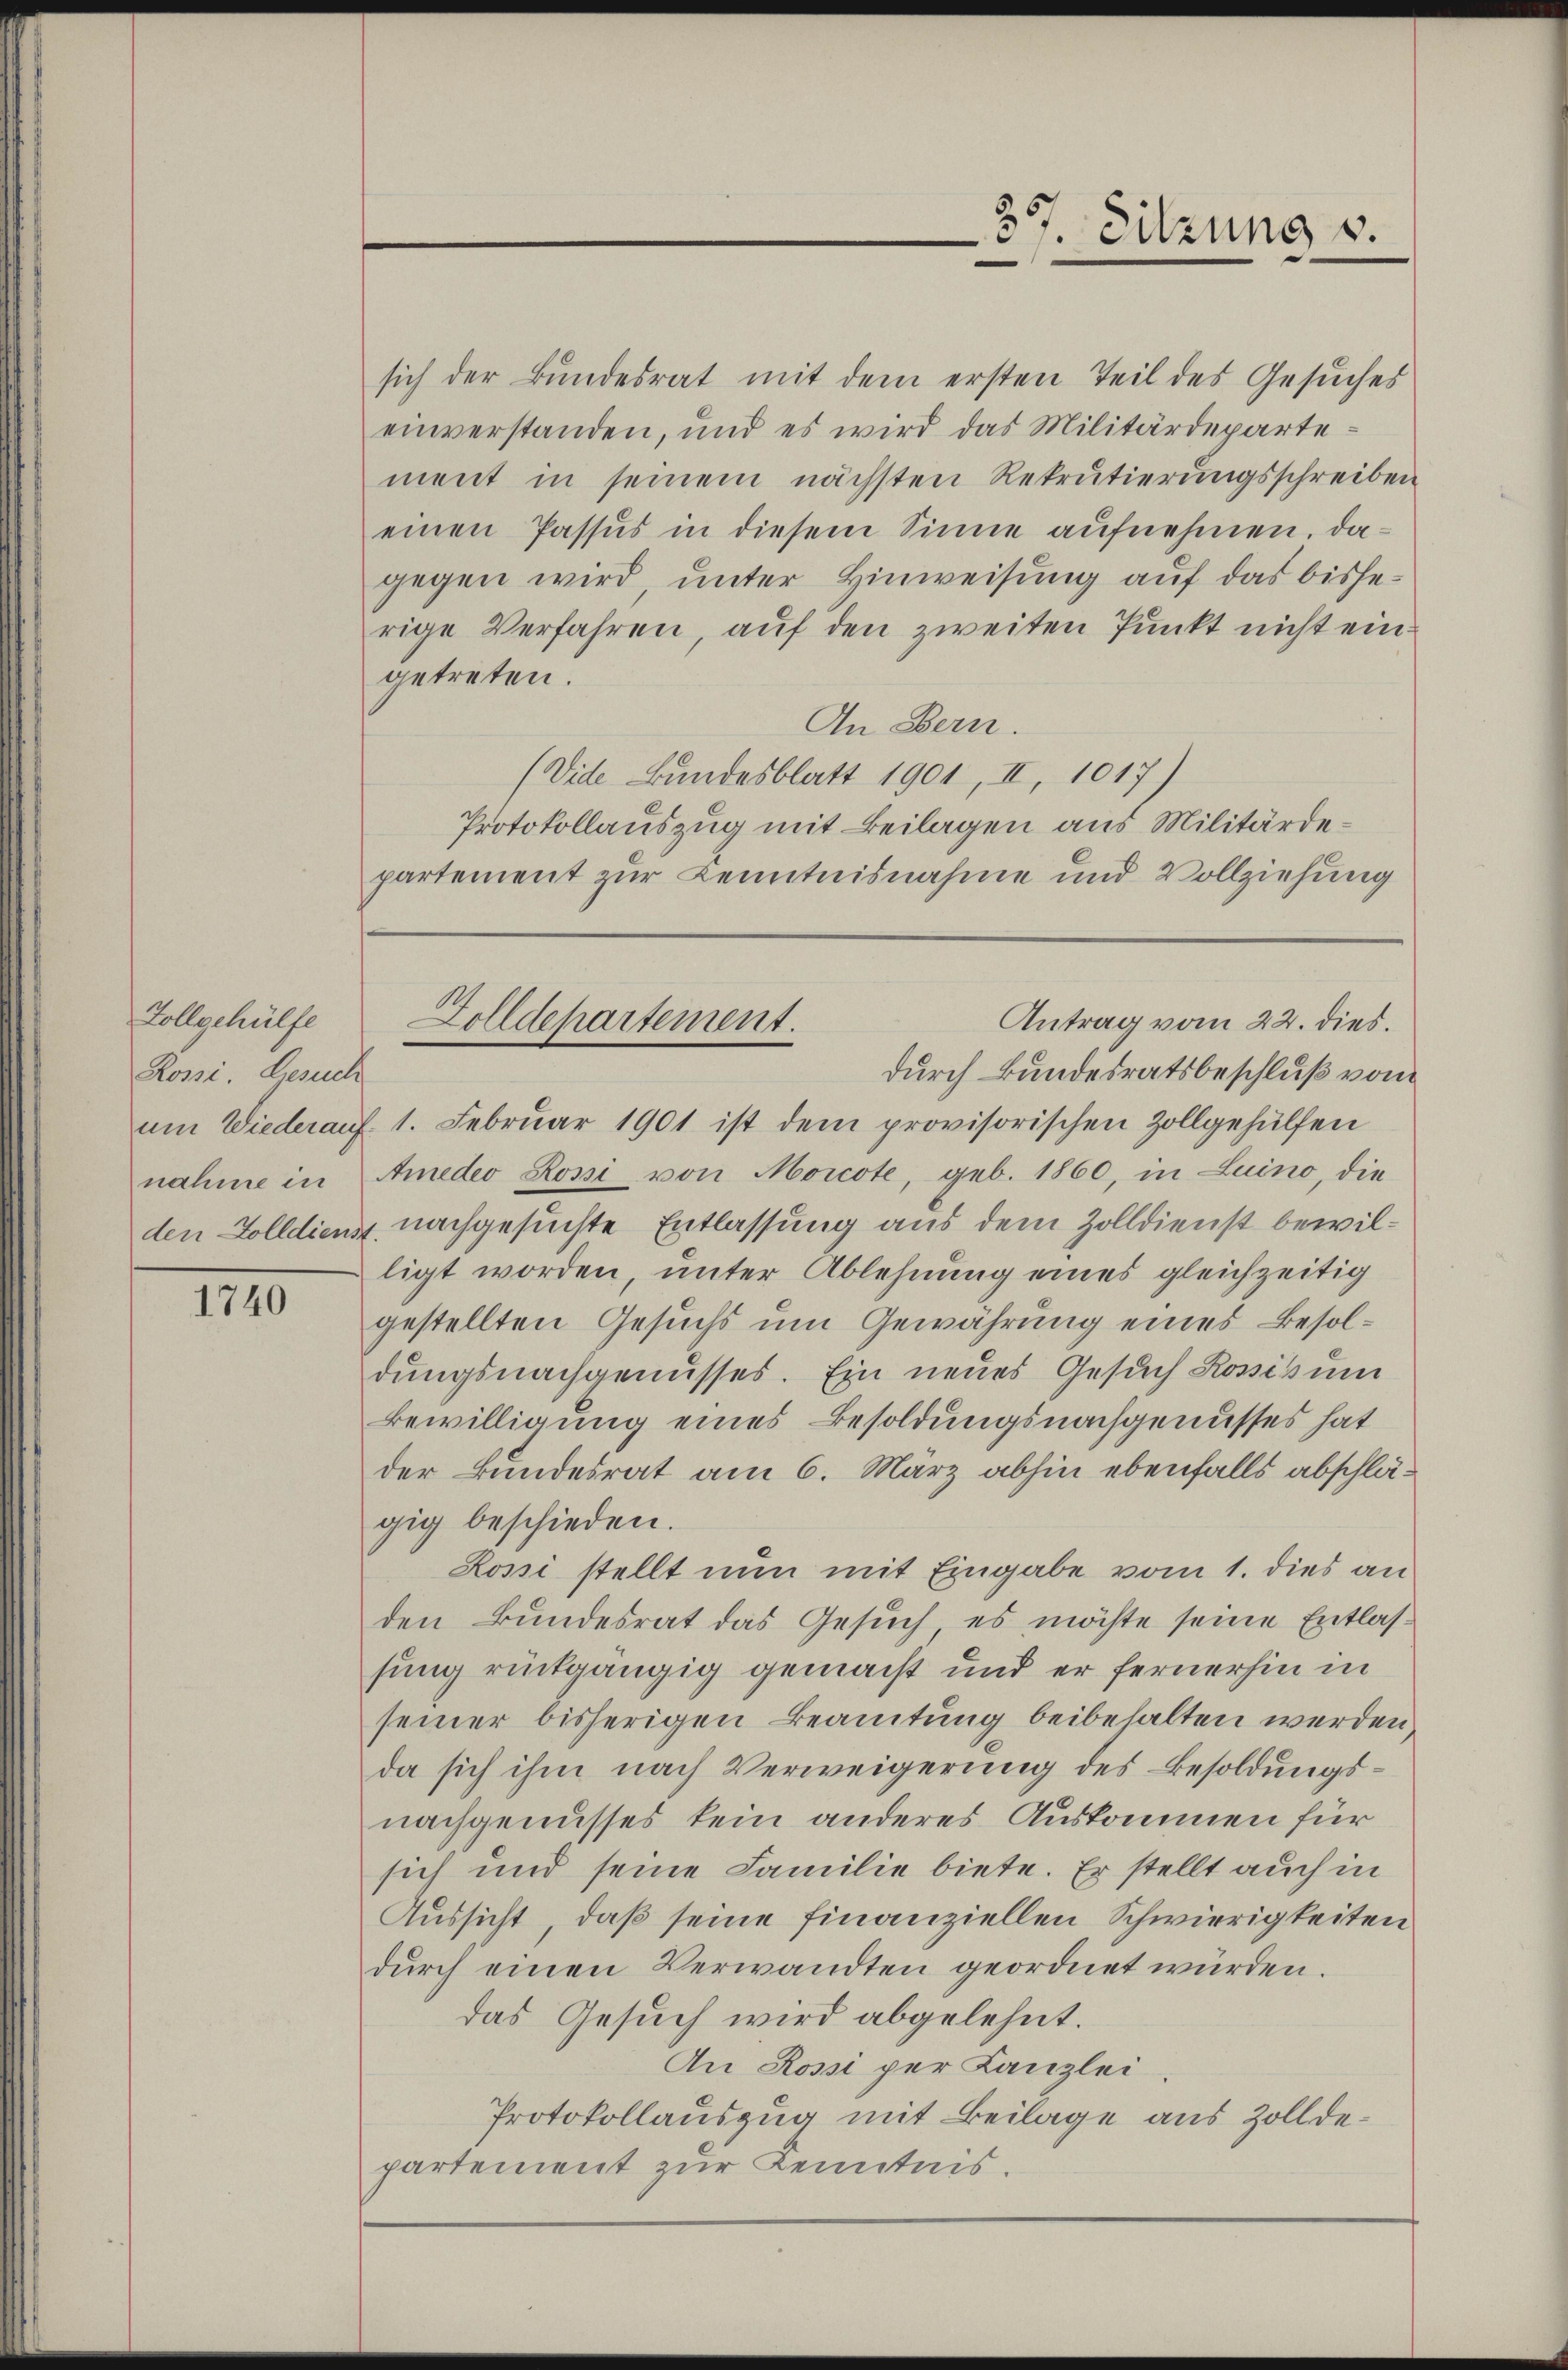
Zollgehülfe
Rossi. Gesuch
um Wiederauf
nahme in

1740

sich der Bundesrat mit dem ersten Teil des Gesuches
einverstanden, und es wird das Militärdepartement in seinem nächsten Rekrutierungsschreiben
einen Passus in diesem Sinne aufnehmen. Dagegen wird, unter Hinweisung auf das bisherige Verfahren, auf den zweiten Punkt nicht eingetreten.
An Bern.
(Vide Bundesblatt 1901, II, 1017)
Protokollauszug mit Beilagen aus Militärdepartement zur Kenntnisnahme und Vollziehung

357. Sitzung v.

durch Bundesratsbeschluß vom
1. Februar 1901 ist dem provisorischen Zollgehülfen
Ameder Rossi von Morcote, geb. 1860, in Luino, die
den Zolldienst nachgesuchte Entlassung aus dem Zolldienst bewilligt worden, unter Ablehnung eines gleichzeitig
gestellten Gesuchs um Gewährung eines Besoldungsnachgenusses. Ein neues Gesuch Rossitum
Bewilligung eines Besoldungsnachgenusses hat
der Bundesrat am 6. März abhin ebenfalls abschlägig beschieden.
Rossi stellt nun mit Eingabe vom 1. dies an
den Bundesrat das Gesuch, es möchte seine Entlassung rückgängig gemacht und er fernerhin in
seiner bisherigen Beamtung beibehalten werden
da sich ihm nach Verweigerung des Besoldungsnachgenusses kein anderes Auskommen für
sich und seine Familie biete. Er stellt auch in
Aussicht, daß seine finanziellen Schwierigkeiten
dŭrch einen Verwandten geordnet würden.
das Gesuch wird abgelehnt.
An Rossi per Kanzlei
Protokollauszug mit Beilage aus Zolldepartement zur Kenntnis.

Antrag vom 22. dies.
Zolldepartement.